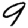
Digit: 9